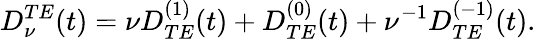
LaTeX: \begin{array}{c}{{\displaystyle{D_{\nu}^{TE}(t)=\nu D_{TE}^{(1)}(t)+D_{TE}^{(0)}(t)+\nu^{-1}D_{TE}^{(-1)}(t).}}}\end{array}